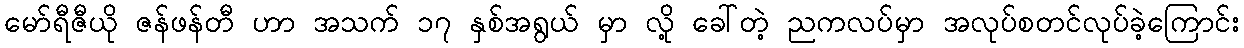
မော်ရီဇီယို ဇန်ဖန်တီ ဟာ အသက် ၁၇ နှစ်အရွယ် မှာ လို့ ခေါ်တဲ့ ညကလပ်မှာ အလုပ်စတင်လုပ်ခဲ့ကြောင်း